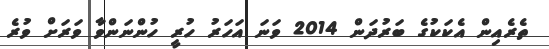
ތެރެއިން އެކަކުގެ ބަރުދަން 2014 ވަނަ އަހަރު ހުރީ ހުންނަންވާ ވަރަށް ވުރެ